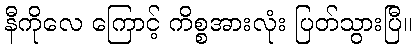
နီကိုလေ ကြောင့် ကိစ္စအားလုံး ပြတ်သွားပြီ။